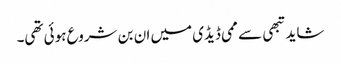
شاید تبھی سے ممی ڈیڈی میں ان بن شروع ہوئی تھی۔